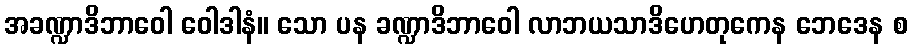
အခဏ္ဍာဒိဘာဝေါ ဝေါဒါနံ။ သော ပန ခဏ္ဍာဒိဘာဝေါ လာဘယသာဒိဟေတုကေန ဘေဒေန စ